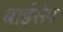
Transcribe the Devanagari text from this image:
बाईसेप